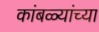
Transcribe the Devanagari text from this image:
कांबळ्यांच्या